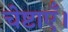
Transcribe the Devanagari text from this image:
चेष्टाएँ।